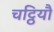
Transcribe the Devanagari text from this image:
चट्ठियौ